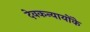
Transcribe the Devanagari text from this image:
देवकन्यायोंके